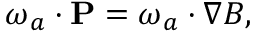
{ \boldsymbol { \omega } } _ { a } \cdot { \bf P } = { \boldsymbol { \omega } } _ { a } \cdot \nabla B ,